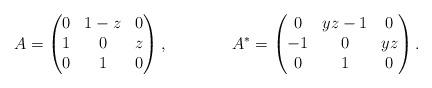
LaTeX: \begin{align*} A &= \begin{pmatrix} 0 & 1-z & 0 \\ 1 & 0 & z \\ 0 & 1 & 0 \end{pmatrix},& A^* &= \begin{pmatrix} 0 & y z -1 & 0 \\ -1 & 0 & y z \\ 0 & 1 & 0 \end{pmatrix}.\end{align*}